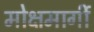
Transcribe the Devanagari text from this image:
मोक्षमार्गी